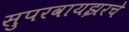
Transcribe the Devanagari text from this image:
सुपरवायझरचे